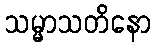
သမ္မာသတိနော